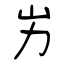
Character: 屴